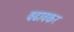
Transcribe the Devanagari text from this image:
वढावकर